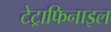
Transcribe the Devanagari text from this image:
टेट्राफिनाइल